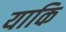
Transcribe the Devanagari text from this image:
याकि